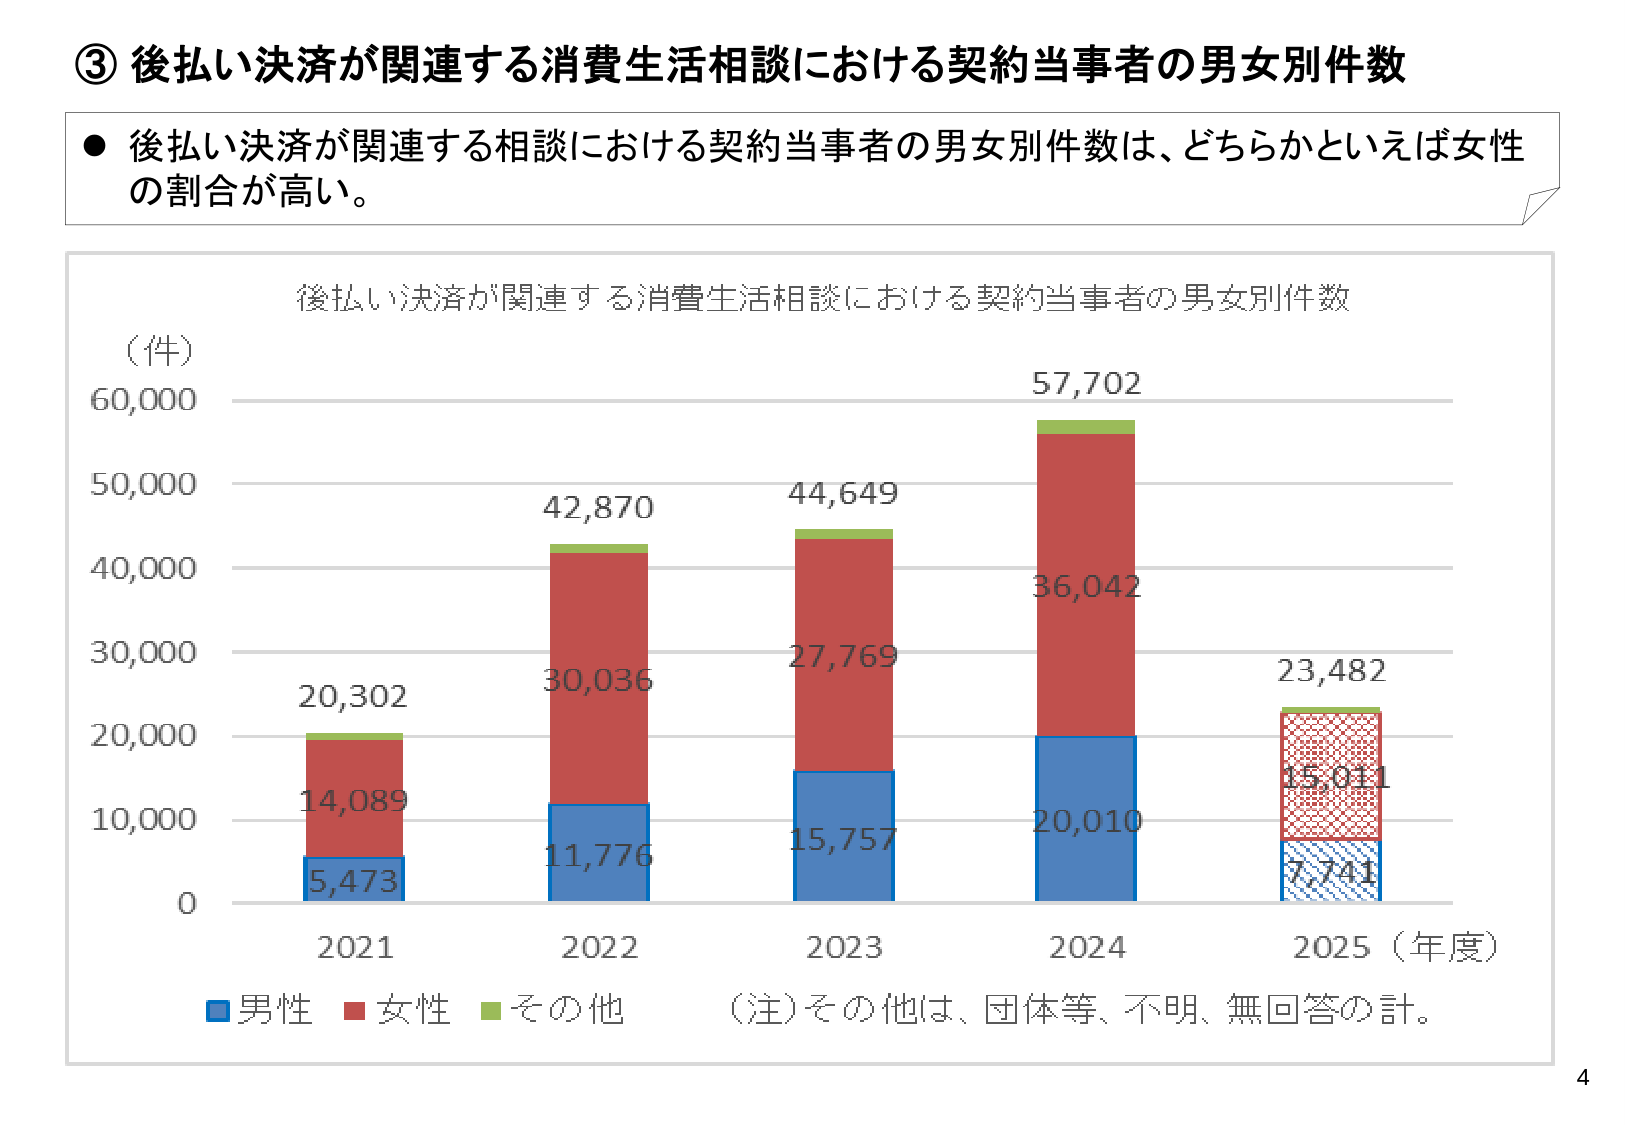
③ 後払い決済が関連する消費生活相談における契約当事者の男女別件数

● 後払い決済が関連する相談における契約当事者の男女別件数は、どちらかといえば女性の割合が高い。

後払い決済が関連する消費生活相談における契約当事者の男女別件数

（件）
60,000
50,000
40,000
30,000
20,000
10,000
0

20,302
14,089
5,473

42,870
30,036
11,776

44,649
27,769
15,757

57,702
36,042
20,010

23,482
15,041
7,741

2021
2022
2023
2024
2025（年度）

■男性 ■女性 ■その他
（注）その他は、団体等、不明、無回答の計。

4